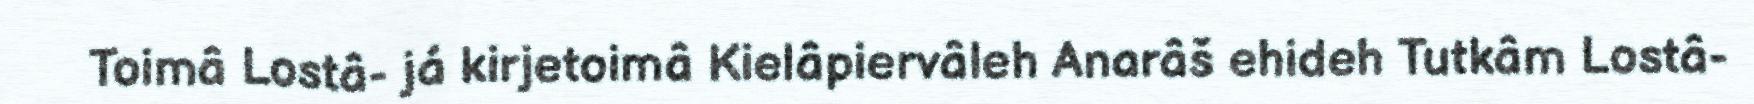
Toimâ Lostâ- já kirjetoimâ Kielâpiervâleh Anarâš ehideh Tutkâm Lostâ-